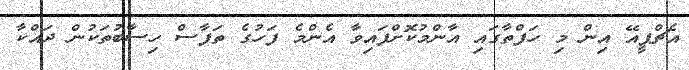
އެޗްޕީއޭ އިން މި ހަފްތާގައި އާންމުކޮށްފައިވާ އެންމެ ފަހުގެ ތަފާސް ހިސާބުތަކުން ދައްކާ